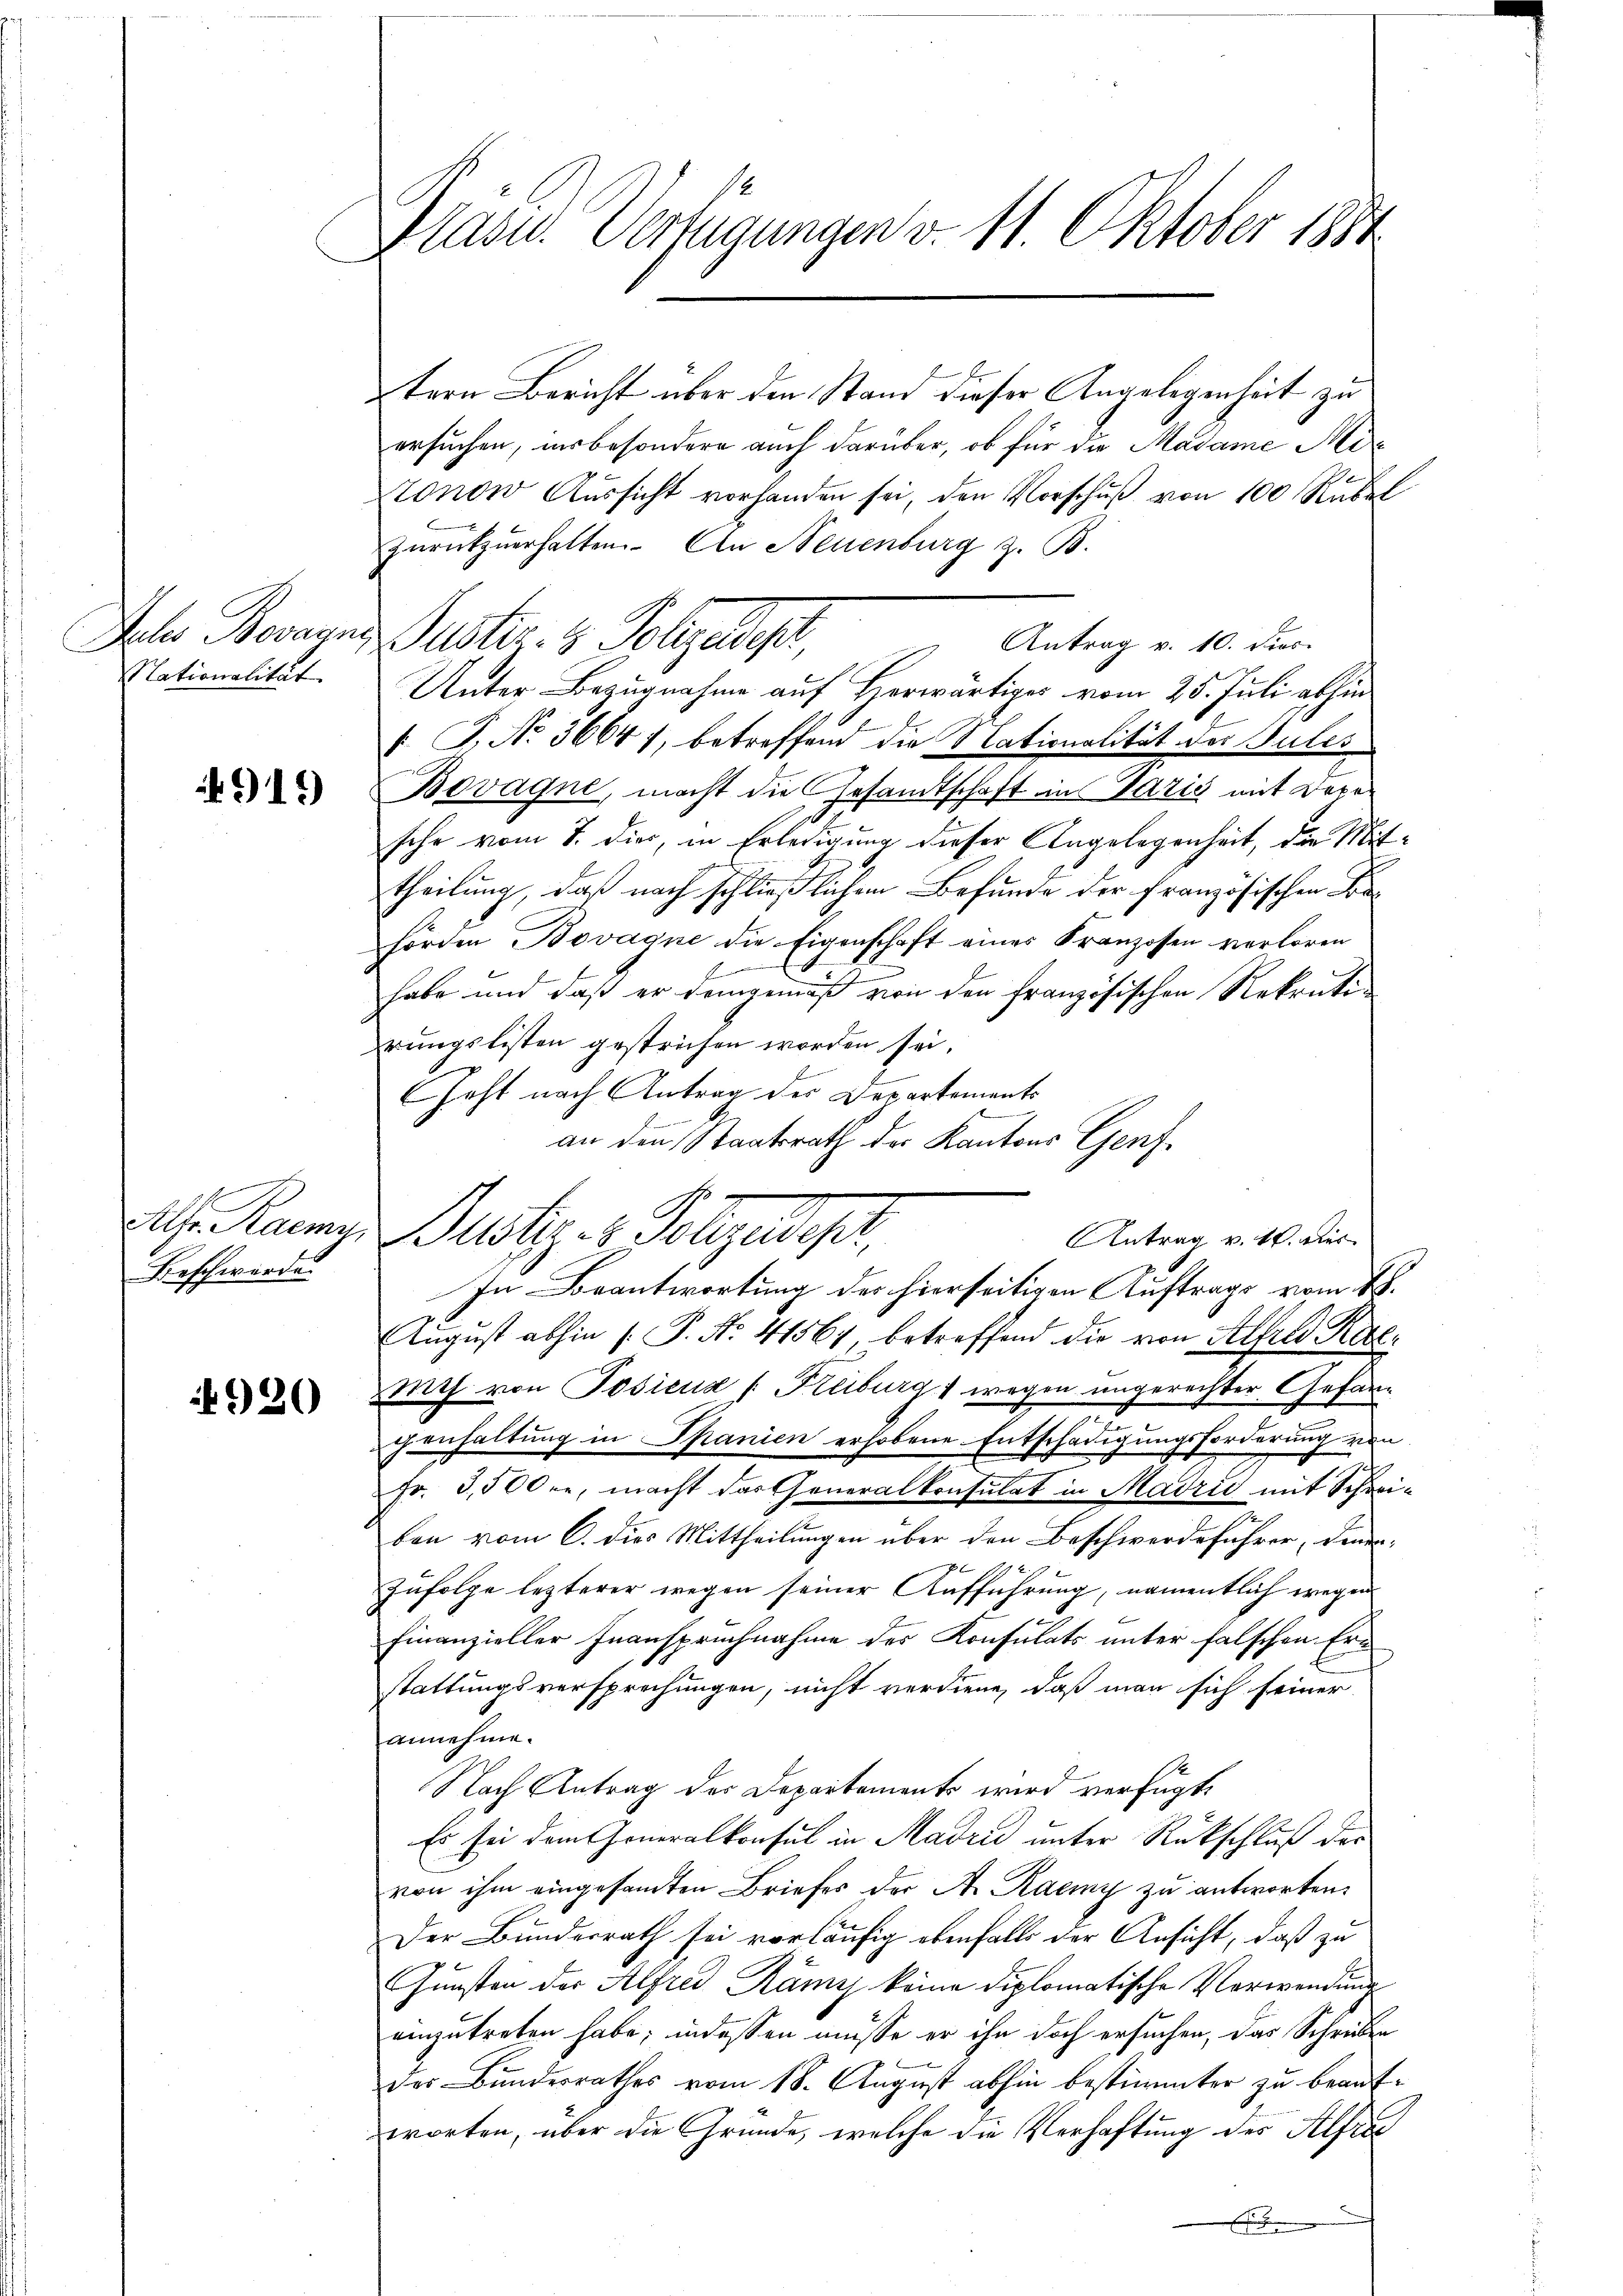
Daher Bovagn
Nationalität

919

Alft. Raemy,
Beschwerde

920

Klass. Verfügungen v. 11. Oktober 1864

tern Bericht über den Stand dieser Angelegenheit zu
ersuchen, insbesondere auch darüber, ob für die Madame Motonen Aussicht vorhanden sei, den Vorschuß von 100 Rübel
zŭrückzuerhalten. An Neuenburg z. B.
Puster- & Polizeigt
Antrag v. 10. Dies
Unter Bezugnahme auf Herwärtiges vom 25. Juli abhin
f. J. No. 3664 f, betreffend die Nationalität der Sules
Bovagne, macht die Gesandtschaft in Lazić mit dere
sche vom 7. dies, in Erledigung dieser Angelegenheit, die Mittheilung, daß nach schließlichen Befunde der französischen Behörden Bovagne die Eigenschaft eines Franzosen verloren
e
E
habe und daß er demgemäß von den französischen Rekrutirungslisten gestrichen worden sei,
Geht nach Antrag der Departements
b
an den Staatsrath der Kantons Genf
Bustiz- & Polizeipr
Antrag v. 10. Dies
In Beantwortung der hierseitigen Auftrags vom 28.
August abhin (: P. No. 41567, betreffend die von Alfred Kesech von Posicus /: Freiburg wegen ungerechter Gefänganhaltung in Spanien erhobene Entschädigungsforderung von
Fr. 3,500 fr, macht das Generalkonsulat in Madrić mit Schreibon vom 6. dies Mittheilungen über den Beschwerdeführer, denen
Zufolge lezterer wegen seiner Aufführung, namentlich wegen
Finanzieller Inanspruchnahme des Konsulats unter falschen Erstattungsversprechungen, nicht verdiene, daß man sich seiner
annehme.
Nach Antrag der Departements wird verfügte
Es sei dem Generalkonsul in Madrić unter Rückschluß der
von ihm eingesamten Briefes der A. Raemy zu antworten:
Der Bundesrath sei vorläufig ebenfalls der Ansicht, daß zu
Gŭnsten der Alfred Rámy keine diplomatische Verwendung
einzutreten habe; indessen müsse er ihn doch ersuchen, das Schreiben
der Bundesrathes vom 18. August abhin bestimmter zu beaufworten, über die Gründe, welche die Verhaftung des Alfre